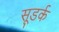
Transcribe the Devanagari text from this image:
सूडर्क